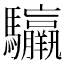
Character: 䯁